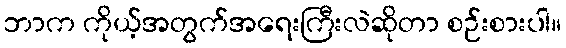
ဘာက ကိုယ့်အတွက်အရေးကြီးလဲဆိုတာ စဉ်းစားပါ။